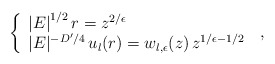
\begin{align*}\left\{ \begin{array}{l} \left| E \right|^{1/2} r= z^{ 2/\epsilon} \\ |E|^{-D^{\prime}/4} \, u_{l}(r) = w_{l,\epsilon} (z) \, z^{ 1/\epsilon - 1/2 } \end{array} \right. \; ,\end{align*}